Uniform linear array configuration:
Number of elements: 8
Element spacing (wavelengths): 0.25
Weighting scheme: exponential
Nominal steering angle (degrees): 15
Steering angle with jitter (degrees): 16.646
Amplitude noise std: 0.05
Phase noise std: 0.05

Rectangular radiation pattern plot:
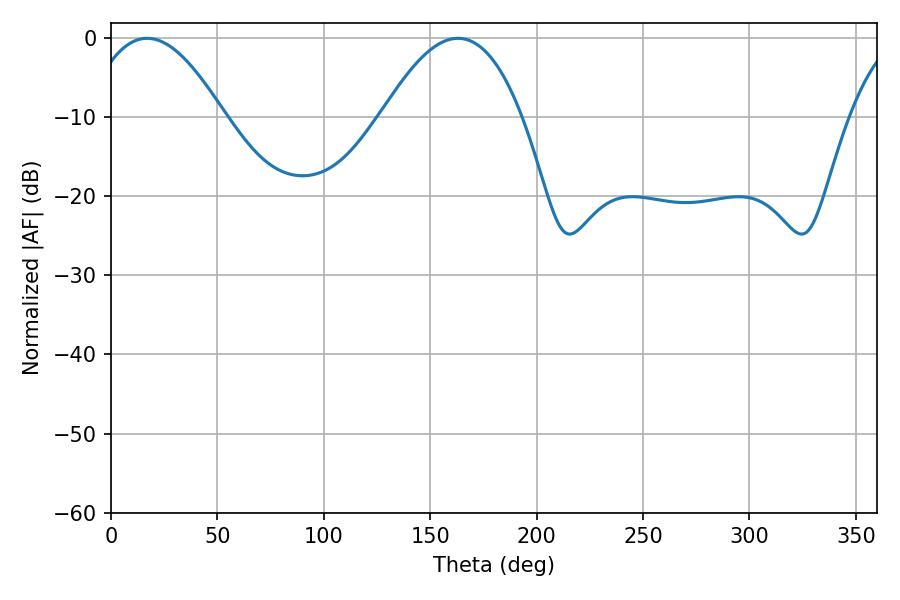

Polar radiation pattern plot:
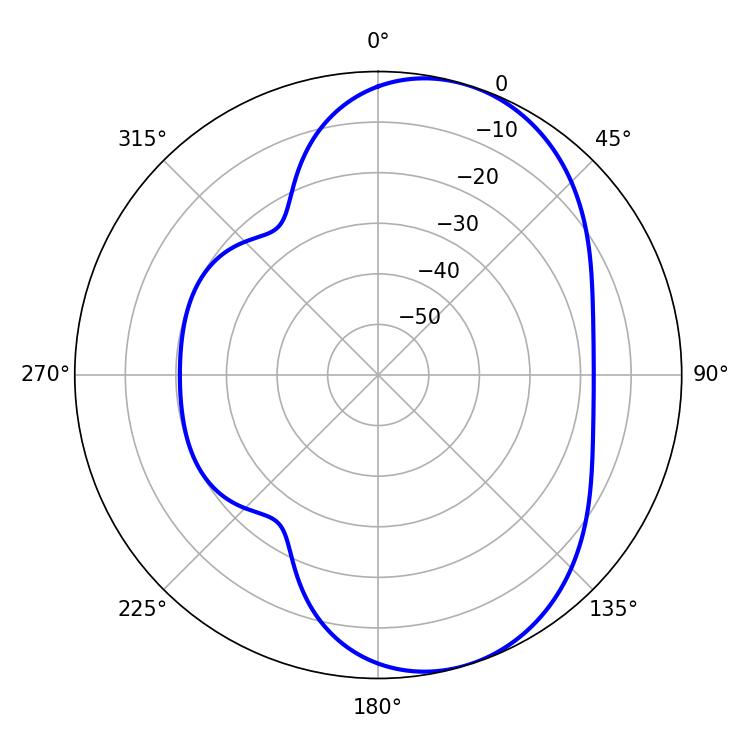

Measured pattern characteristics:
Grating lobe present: FALSE
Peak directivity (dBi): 6.603
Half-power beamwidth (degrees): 36
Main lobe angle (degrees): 16.92